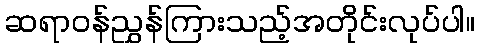
ဆရာဝန်ညွှန်ကြားသည့်အတိုင်းလုပ်ပါ။